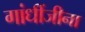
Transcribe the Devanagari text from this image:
गांधींजीना